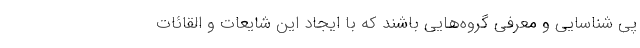
پی شناسایی و معرفی گروه‌هایی باشند که با ایجاد این شایعات و القائات